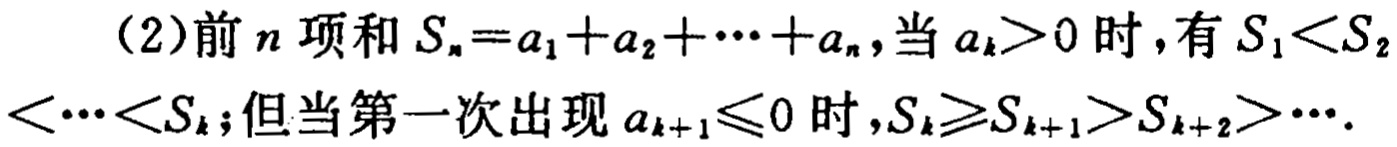
(2)前\(n\)项和\(S_{n}=a_{1}+a_{2}+\cdots +a_{n}\)，当\(a_{k}>0\)时，有\(S_{1}<S_{2}<\cdots <S_{k}\)；但当第一次出现\(a_{k + 1}\leqslant0\)时，\(S_{k}\geqslant S_{k + 1}>S_{k + 2}>\cdots\) 。